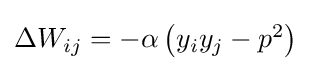
{\textstyle \Delta W_{ij}=-\alpha \left(y_{i}y_{j}-p^{2}\right)}